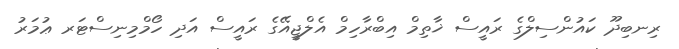
ރިނބިދޫ ކައުންސިލްގެ ރައީސް ޚާތިމް އިބްރާހިމް އެލްޖީއޭގެ ރައީސް އަދި ހޯމްމިނިސްޓަރ ޢުމަރު